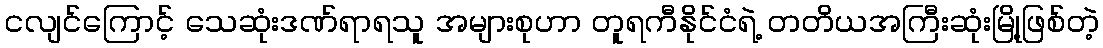
ငလျင်ကြောင့် သေဆုံးဒဏ်ရာရသူ အများစုဟာ တူရကီနိုင်ငံရဲ့ တတိယအကြီးဆုံးမြို့ဖြစ်တဲ့